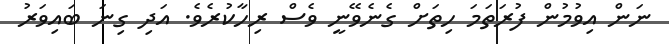
ނަން އިވުމުން ފުރަތަމަ ހިތަށް ގެނެވޭނީ ވެސް ރިހާކުރެވެ. އަދި ގިނަ ބައިވަރު